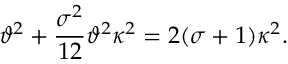
\vartheta ^ { 2 } + \frac { \sigma ^ { 2 } } { 1 2 } \vartheta ^ { 2 } \kappa ^ { 2 } = 2 ( \sigma + 1 ) \kappa ^ { 2 } .